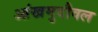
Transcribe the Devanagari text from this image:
आंखमुदौवल